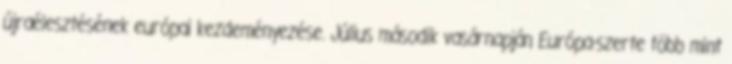
újraélesztésének európai kezdeményezése. Július második vasárnapján Európa-szerte több mint